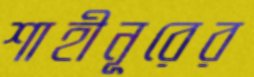
শাহীনূরের